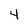
Character: 4